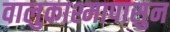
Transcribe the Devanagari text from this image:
वालुकाश्मापासुन